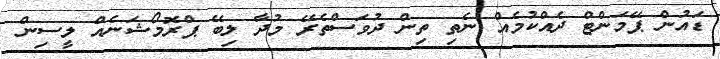
ޑައުން ޕޭމަންޓް ދެއްކުމެއް ނެތި ތިން ދުވަސްތެރޭ މުދާ ލިބޭ ޕްރޮމޯޝަނެއް ލީސިން